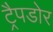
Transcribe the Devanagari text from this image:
ट्रैपडोर